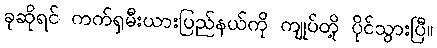
ခုဆိုရင် ကက်ရှမီးယားပြည်နယ်ကို ကျုပ်တို့ ပိုင်သွားပြီ။